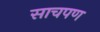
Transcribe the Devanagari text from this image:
साचपण